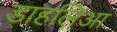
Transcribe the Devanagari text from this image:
डाहलिआ